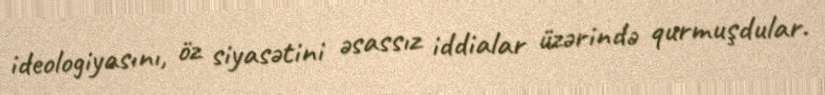
ideologiyasını, öz siyasətini əsassız iddialar üzərində qurmuşdular.